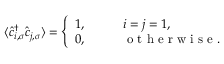
\langle \hat { c } _ { i , \sigma } ^ { \dagger } \hat { c } _ { j , \sigma } ^ { \phantom { \dagger } } \rangle = \left\{ \begin{array} { l l } { 1 , \qquad } & { i = j = 1 , } \\ { 0 , } & { \mathrm { ~ o ~ t ~ h ~ e ~ r ~ w ~ i ~ s ~ e ~ } . } \end{array} \right.